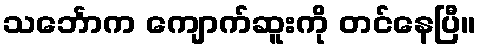
သင်္ဘောက ကျောက်ဆူးကို တင်နေပြီ။